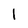
Character: 1